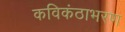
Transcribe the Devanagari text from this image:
कविकंठाभरण